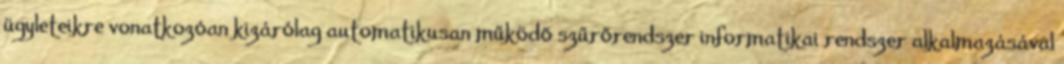
ügyleteikre vonatkozóan kizárólag automatikusan működő szűrőrendszer informatikai rendszer alkalmazásával